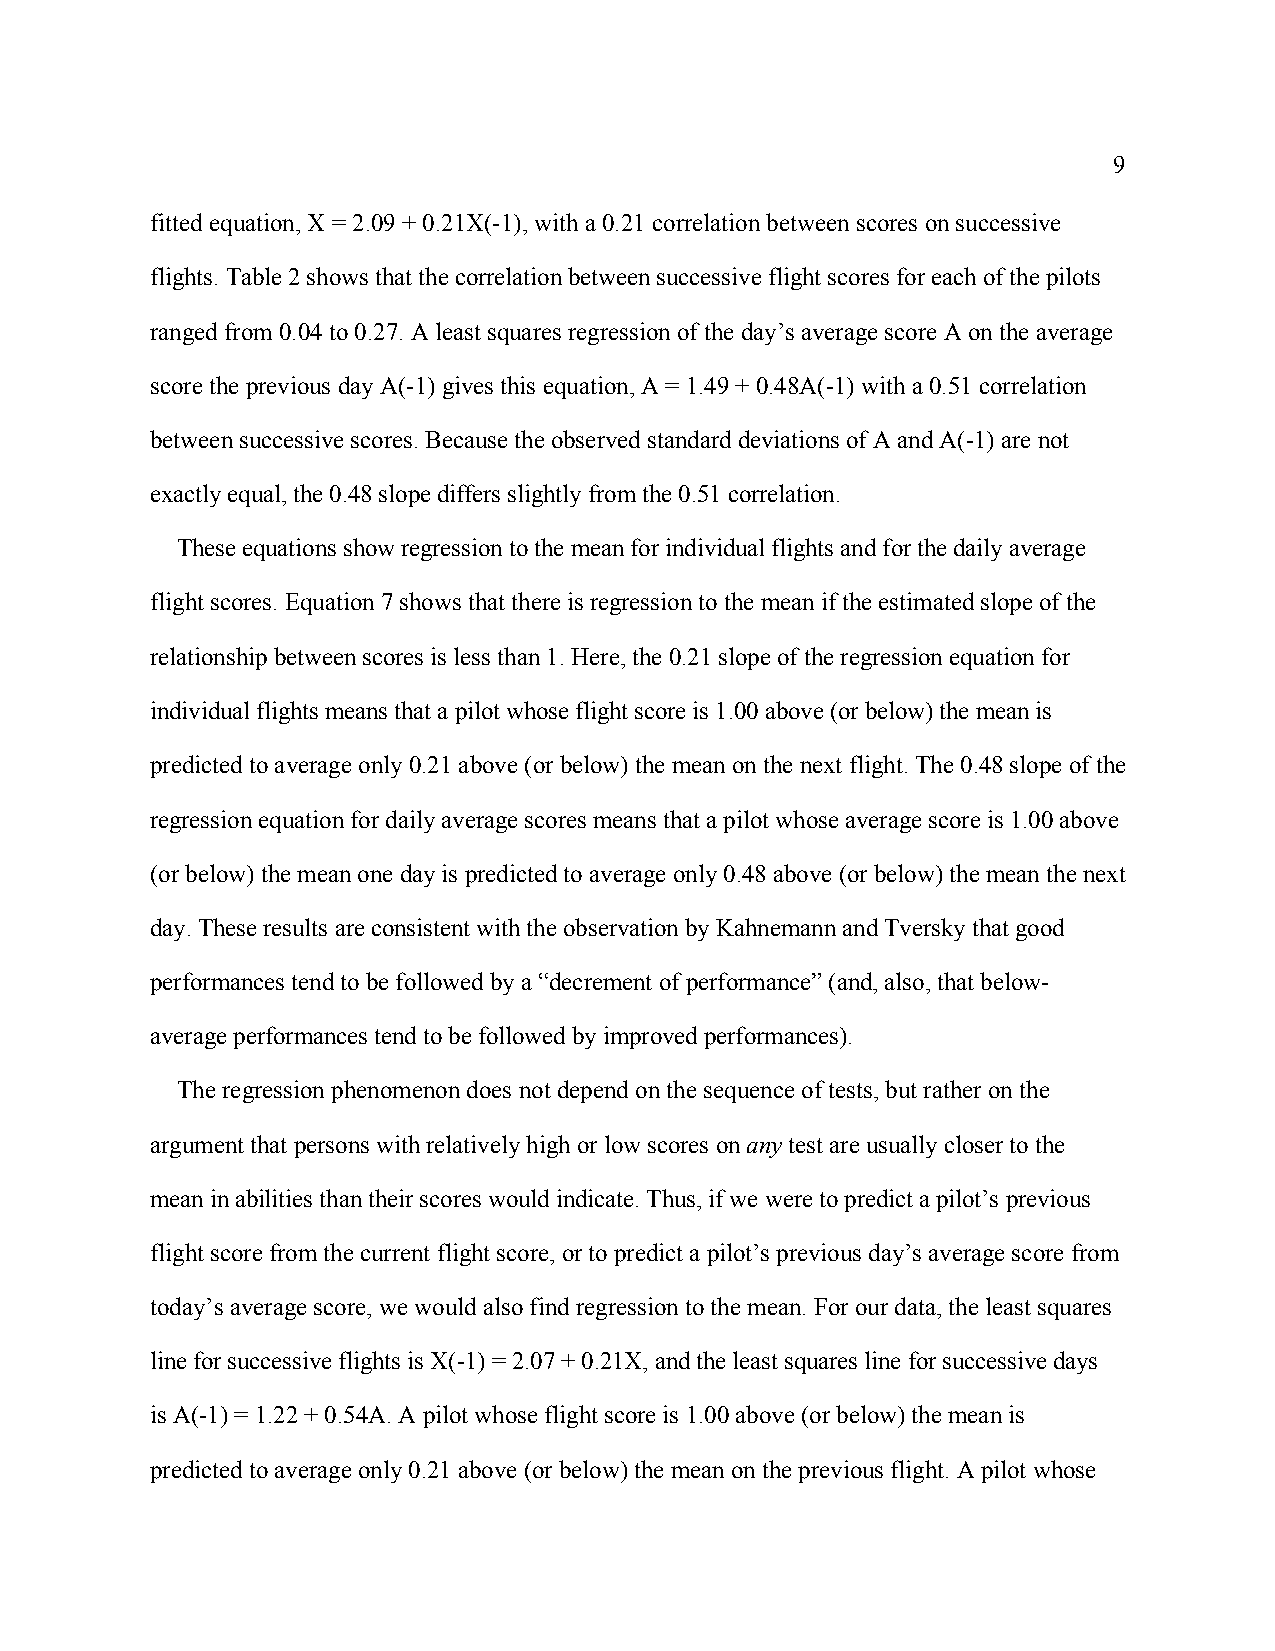
9
 fitted equation, X = 2.09 + 0.21X(-1), with a 0.21 correlation between scores on successive
 flights. Table 2 shows that the correlation between successive flight scores for each of the pilots
 ranged from 0.04 to 0.27. A least squares regression of the day’s average score A on the average
 score the previous day A(-1) gives this equation, A = 1.49 + 0.48A(-1) with a 0.51 correlation
 between successive scores. Because the observed standard deviations of A and A(-1) are not
 exactly equal, the 0.48 slope differs slightly from the 0.51 correlation.
 These equations show regression to the mean for individual flights and for the daily average
 flight scores. Equation 7 shows that there is regression to the mean if the estimated slope of the
 relationship between scores is less than 1. Here, the 0.21 slope of the regression equation for
 individual flights means that a pilot whose flight score is 1.00 above (or below) the mean is
 predicted to average only 0.21 above (or below) the mean on the next flight. The 0.48 slope of the
 regression equation for daily average scores means that a pilot whose average score is 1.00 above
 (or below) the mean one day is predicted to average only 0.48 above (or below) the mean the next
 day. These results are consistent with the observation by Kahnemann and Tversky that good
 performances tend to be followed by a “decrement of performance” (and, also, that below-
 average performances tend to be followed by improved performances).
 The regression phenomenon does not depend on the sequence of tests, but rather on the
 argument that persons with relatively high or low scores on any test are usually closer to the
 mean in abilities than their scores would indicate. Thus, if we were to predict a pilot’s previous
 flight score from the current flight score, or to predict a pilot’s previous day’s average score from
 today’s average score, we would also find regression to the mean. For our data, the least squares
 line for successive flights is X(-1) = 2.07 + 0.21X, and the least squares line for successive days
 is A(-1) = 1.22 + 0.54A. A pilot whose flight score is 1.00 above (or below) the mean is
 predicted to average only 0.21 above (or below) the mean on the previous flight. A pilot whose